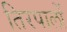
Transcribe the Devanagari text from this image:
तिरपालों